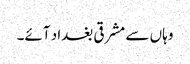
وہاں سے مشرقی بغداد آئے۔